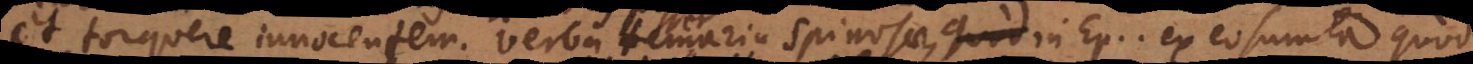
et torquere innocentem. Verba temeraria Spinosae, in Ep.... ex eo sumta quod